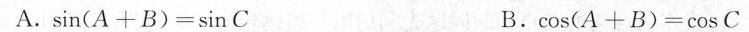
A.$$\sin ( A + B ) = \sin C$$ B.\cos ( A + B ) = \cos C$$